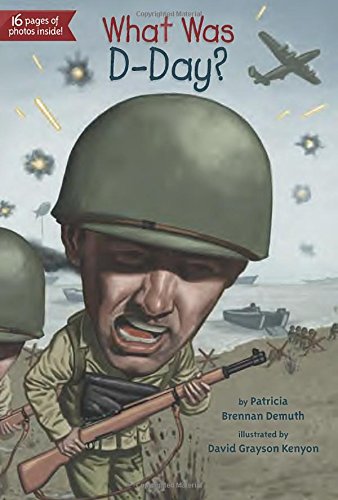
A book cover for What Was D-Day?; Patricia Brennan Demuth; Children's Books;